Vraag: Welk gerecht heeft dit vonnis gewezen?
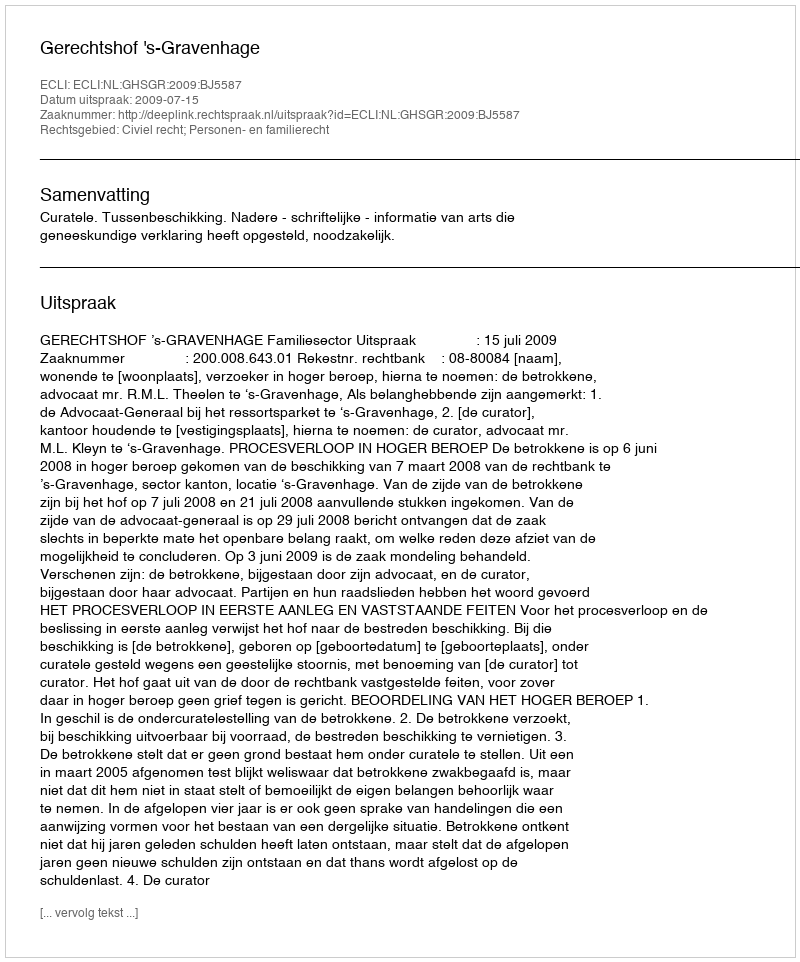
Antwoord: Gerechtshof 's-Gravenhage